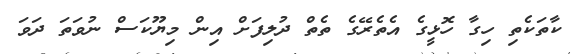
ކާތަކެތި ހިގާ ހޮޅީގެ އެތެރޭގެ ތެތް ދުލިފަށް އިން މިޔޫކަސް ނުވަތަ ދަވަ